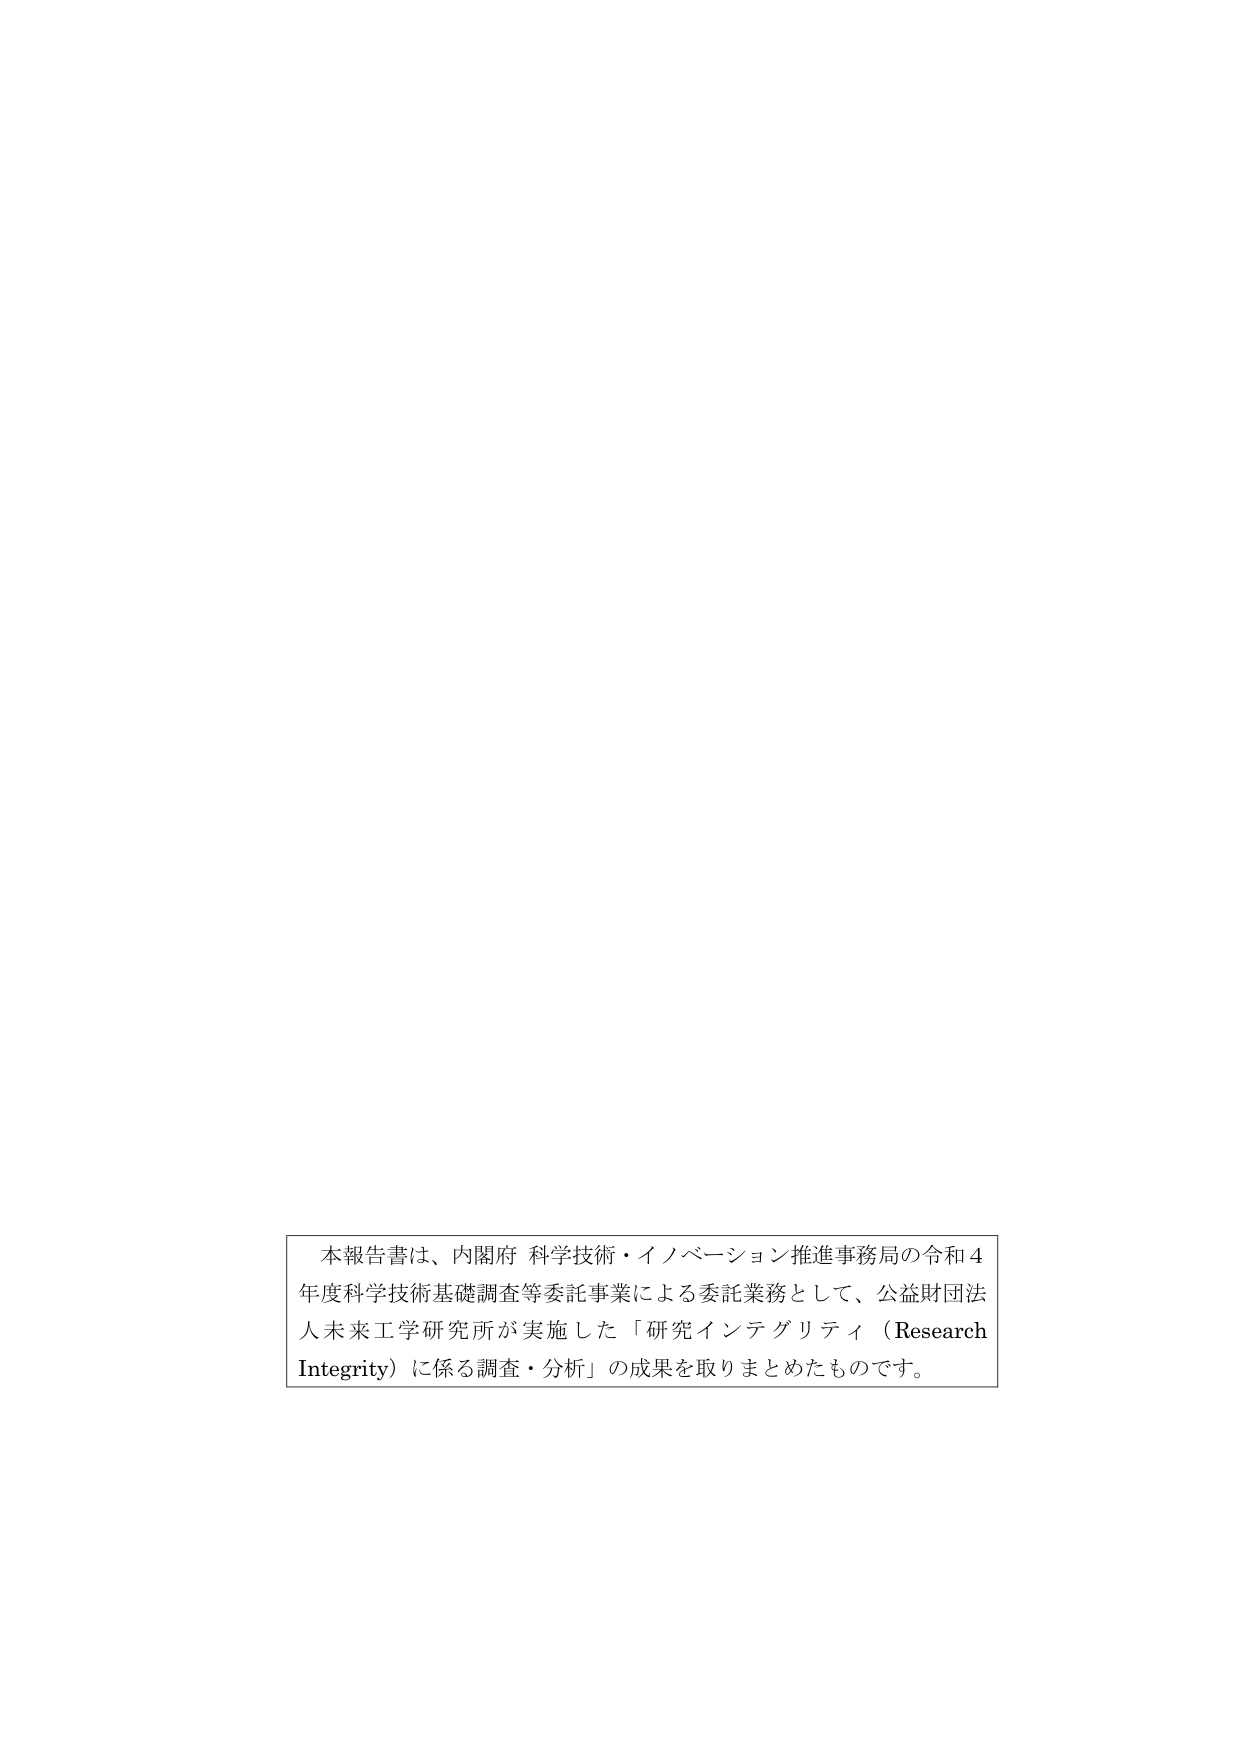
本報告書は、内閣府 科学技術・イノベーション推進事務局の令和４年度科学技術基礎調査等委託事業による委託業務として、公益財団法人未来工学研究所が実施した「研究インテグリティ（Research Integrity）に係る調査・分析」の成果を取りまとめたものです。